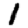
Digit: 1